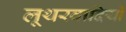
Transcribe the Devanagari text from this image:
लूथरवादियों